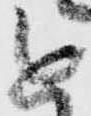
進